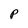
Character: P